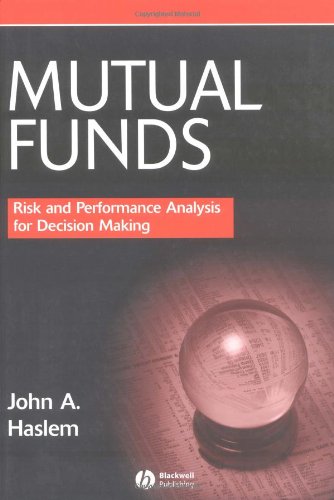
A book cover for Mutual Funds: Risk and Performance Analysis for Decision Making; John A. Haslem; Business & Money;